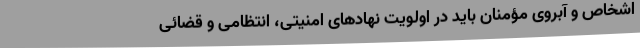
اشخاص و آبروی مؤمنان باید در اولویت نهادهای امنیتی، انتظامی و قضائی